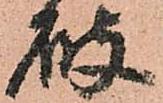
破